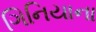
ગિનિયાના